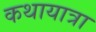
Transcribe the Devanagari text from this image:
कथायात्रा